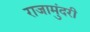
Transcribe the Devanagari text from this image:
राजामुंदरी